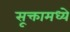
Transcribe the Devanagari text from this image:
सूक्तामध्ये